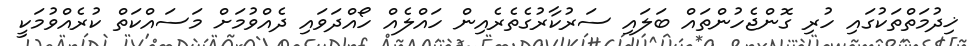
ޚިދުމަތްތަކުގައި ހުރި ގޮންޖެހުންތައް ބަލައި ސަރުކާރުގެތެރެއިން ހައްލެއް ހޯއްދަވައި ދެއްވުމަށް މަސައްކަތް ކުރެއްވުމަކީ